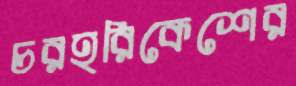
চরহরিকেশের